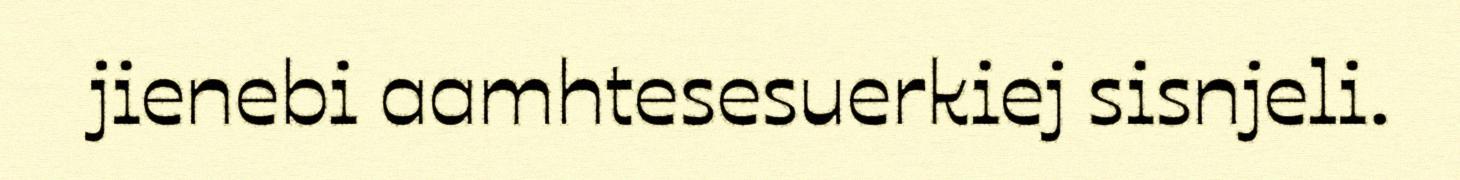
jienebi aamhtesesuerkiej sisnjeli.